Document type: bank_statement
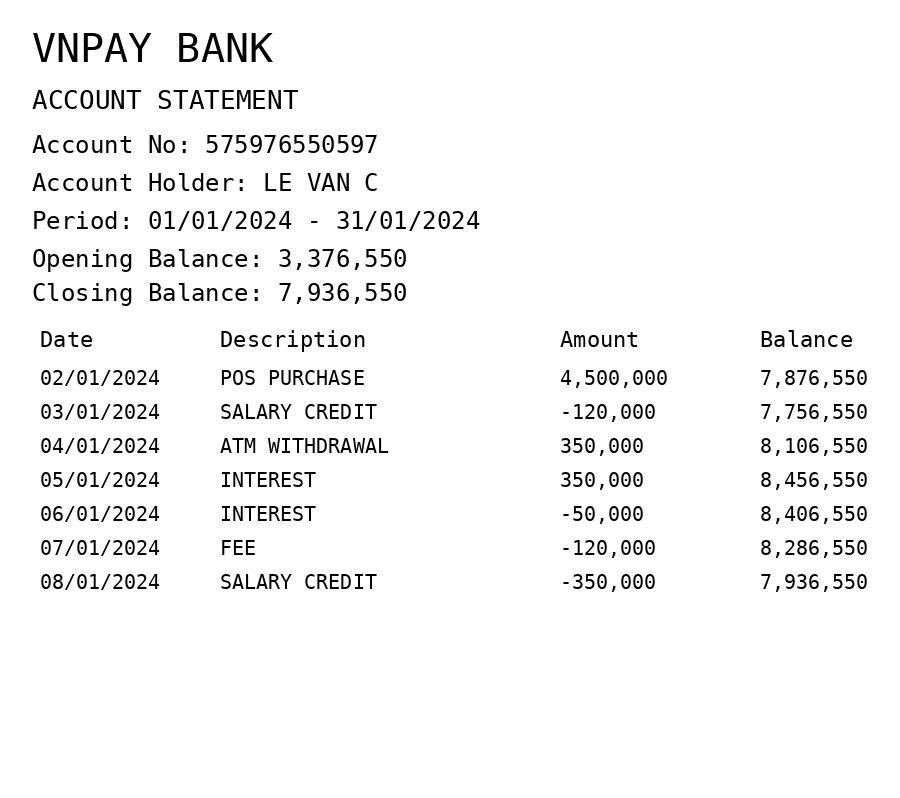
OCR transcript:
VNPAY BANK
ACCOUNT STATEMENT
Account No: 575976550597
Account Holder: LE VAN C
Period: 01/01/2024 - 31/01/2024
Opening Balance: 3,376,550
Closing Balance: 7,936,550
Date
Description
Amount
Balance
02/01/2024
POS PURCHASE
4,500,000
7,876,550
03/01/2024
SALARY CREDIT
-120,000
7,756,550
04/01/2024
ATM WITHDRAWAL
350,000
8,106,550
05/01/2024
INTEREST
350,000
8,456,550
06/01/2024
INTEREST
-50,000
8,406,550
07/01/2024
FEE
-120,000
8,286,550
08/01/2024
SALARY CREDIT
-350,000
7,936,550
Extracted fields:
bank_name: vnpay bank
account_number: 575976550597
account_holder: le van c
statement_period: 01/01/2024 - 31/01/2024
opening_balance: 3376550
closing_balance: 7936550
transactions: date: 2024-01-02
description: pos purchase
amount: 4500000
balance: 7876550
date: 2024-01-03
description: salary credit
amount: -120000
balance: 7756550
date: 2024-01-04
description: atm withdrawal
amount: 350000
balance: 8106550
date: 2024-01-05
description: interest
amount: 350000
balance: 8456550
date: 2024-01-06
description: interest
amount: -50000
balance: 8406550
date: 2024-01-07
description: fee
amount: -120000
balance: 8286550
date: 2024-01-08
description: salary credit
amount: -350000
balance: 7936550